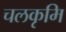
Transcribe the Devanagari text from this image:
चलकृमि